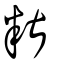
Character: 糂